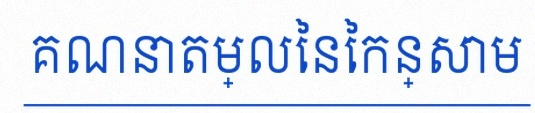
គណនាតម្លៃនៃកន្សោម